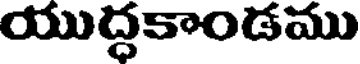
యుద్ధకాండము